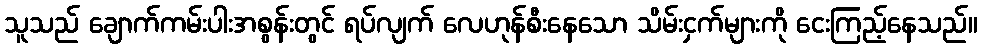
သူသည် ချောက်ကမ်းပါးအစွန်းတွင် ရပ်လျက် လေဟုန်စီးနေသော သိမ်းငှက်များကို ငေးကြည့်နေသည်။